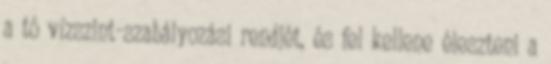
a tó vízszint-szabályozási rendjét, és fel kellene éleszteni a